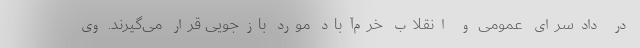
در دادسرای عمومی و انقلاب خرم‌آباد مورد بازجویی قرار می‌گیرند. وی